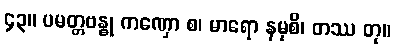
၄၃။ ပမတ္တဗန္ဓု ကဏှော စ၊ မာရော နမုစိ၊ တဿ တု။